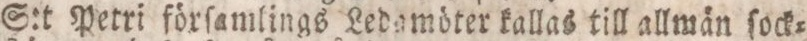
S:t Petri förſamlings Ledamöter kallas till allmän ſock=